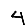
Digit: 4